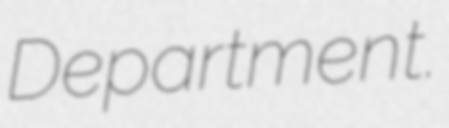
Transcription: Department.